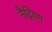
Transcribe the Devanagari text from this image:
नैट्रियम